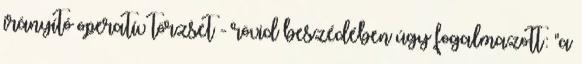
irányító operatív törzset - rövid beszédében úgy fogalmazott: "a